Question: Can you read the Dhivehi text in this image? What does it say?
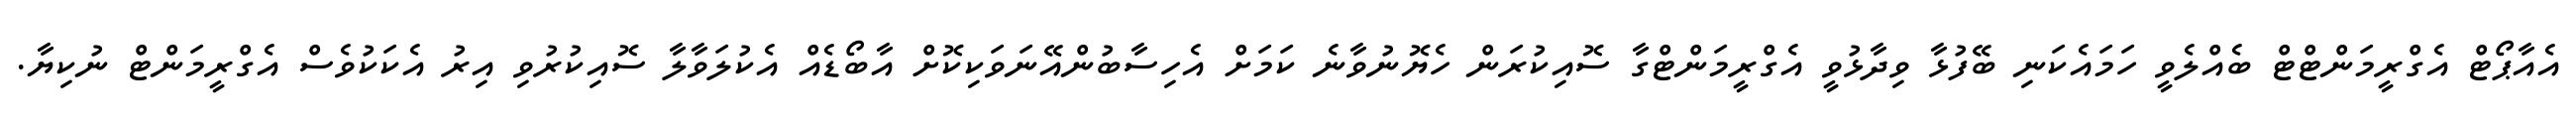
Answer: އެއާޕޯޓް އެގްރީމަންޓްޓް ބެއްލެވީ ހަމައެކަނި ބޭފުޅާ ވިދާޅުވީ އެގްރީމަންޓްގާ ސޮއިކުރަން ހެޔޮނުވާނެ ކަމަށް އެހިސާބުންއޭނަވަކިކޮށް އާބޯޑެއް އެކުލަވާލާ ސޮއިކުރުވި އިރު އެކަކުވެސް އެގްރީމަންޓް ނުކިޔާ.